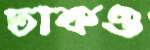
ঢাকও